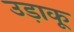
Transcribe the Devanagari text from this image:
उड़ाकू